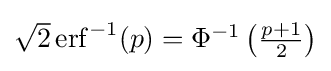
{\textstyle {\sqrt {2}}\operatorname {erf} ^{-1}(p)=\Phi ^{-1}\left({\frac {p+1}{2}}\right)}